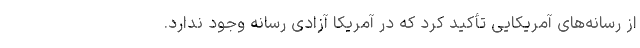
از رسانه‌های آمریکایی تأکید کرد که در آمریکا آزادی رسانه وجود ندارد.